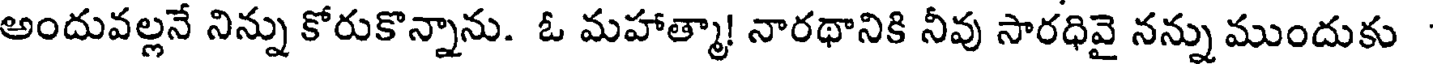
అందువల్లనే నిన్ను కోరుకొన్నాను. ఓ మహాత్మా! నారథానికి నీవు సారధివై నన్ను ముందుకు